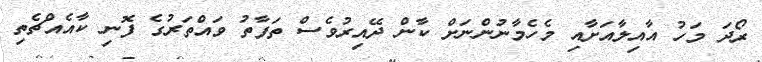
ރޯދަ މަހު އާއިލާއަށާއި މެހެމާނުންނަށް ކާން ދޭއިރުވެސް ތަފާތު ވައްތަރުގެ ފޮނި ކާއެއްޗެތި